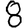
Digit: 8